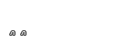
٢٩